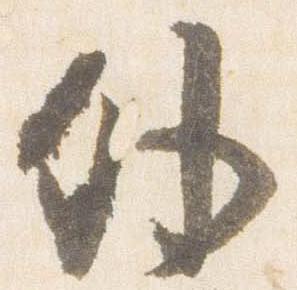
外